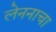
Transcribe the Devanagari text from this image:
लेननाचा